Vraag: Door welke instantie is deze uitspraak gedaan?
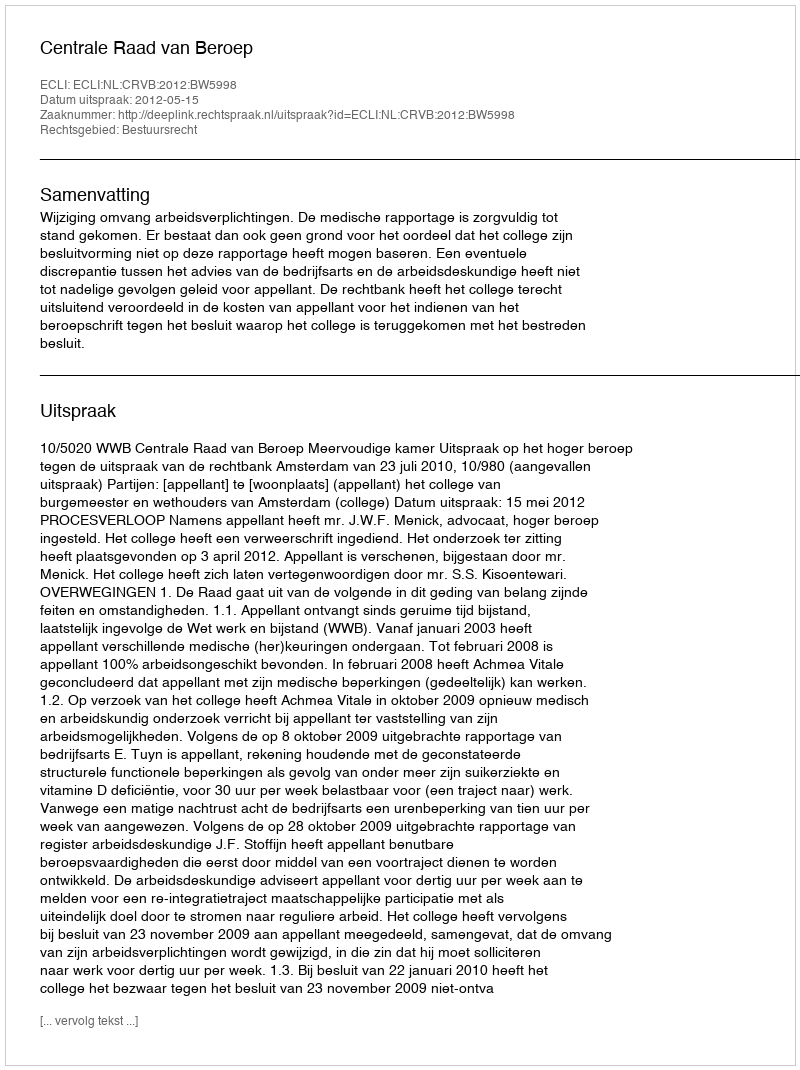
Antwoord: Centrale Raad van Beroep